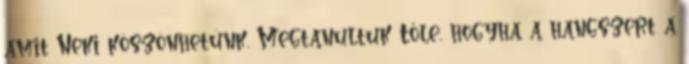
amit Neki köszönhetünk. Megtanultuk Tőle, hogyha a hangszert a